Report on the lunatic asylums under the Government of Bombay - 1904-1913
Year: 1904
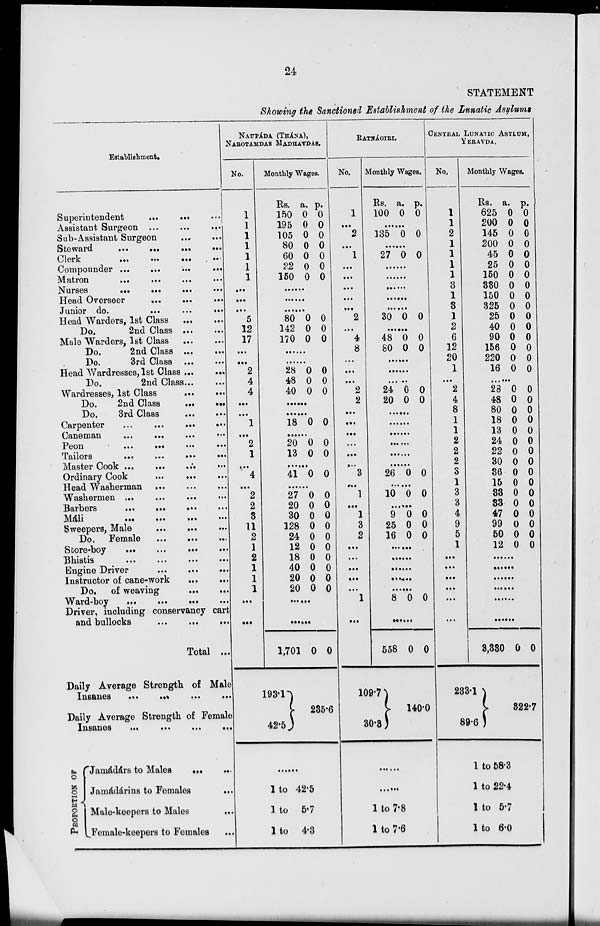
24
STATEMENT
Showing the Sanctioned Establishment of the Lunatic Asylums
Establishment.
Superintendent
... ... ...
Assistant Surgeon ...
...
...
Sub-Assistant Surgeon ... ...
Steward
...
...
...
...
Clerk
...
...
...
...
Compounder . . . . . . . . . ...
Matron ... ... ... ...
Nurses
...
...
...
...
Head Overseer
...
...
...
Junior do.
...
...
...
Head Warders, 1st Class
...
...
Do.
2nd Class ... ...
Male Warders, 1st Class
...
...
Do.
2nd Class
...
...
Do.
3rd Class ... ...
Head Wardresses, 1st Class ... ...
Do.
2nd Class ... ...
Wardresses, 1st Class
...
...
Do.
2nd Class
...
...
Do.
3rd Class ... ...
Carpenter
...
...
...
...
Caneman
...
...
...
...
Peon
...
...
...
...
Tailors
...
...
...
...
Master Cook ... ... ...
...
Ordinary Cook ... ...
...
Head Washerman ... ... ...
Washermen ... ... ... ...
Barbers
... ... ...
...
Máli
...
...
...
...
Sweepers, Male
...
...
...
Do. Female
... ... ...
Store-boy
...
...
...
...
Bhistis
...
...
...
...
Engine Driver
...
...
...
Instructor of cane-work
...
...
Do. of weaving
...
...
Ward-boy
...
...
...
...
Driver, including conservancy cart
and bullocks
...
...
...
Total ...
Daily Average Strength of Male
Insanes
...
...
...
...
Daily Average Strength of Female
Insanes
...
...
...
...
PROPORTION OF
Jamádárs to Males ... ...
Jamádárins to Females ...
Male-keepers to Males
...
Female-keepers to Females ...
NAUPÁDA (THÁNA),
NAROTAMDAS MADHAVDAS.
No.
1
1
1
1
1
1
1
...
...
...
5
12
17
...
...
2
4
4
...
...
1
...
2
1
...
4
...
2
2
3
11
2
1
2
1
1
1
...
...
Monthly Wages.
Rs.
150
195
105
80
60
22
150
a.
0
0
0
0
0
0
0
p.
0
0
0
0
0
0
0
......
......
......
80
142
170
0
0
0
0
0
0
......
......
28
48
40
0
0
0
0
0
0
......
......
18 0 0
......
20
13
0
0
0
0
......
41 0 0
......
27
20
30
128
24
12
18
40
20
20
0
0
0
0
0
0
0
0
0
0
0
0
0
0
0
0
0
0
0
0
......
......
1,701
193.1
42.5
0 0
235.6
......
1 to 42.5
1 to 5.7
1 to 4.3
RATNÁGIRI.
No.
1
...
2
...
1
...
...
...
...
...
2
...
4
8
...
...
...
2
2
...
...
...
...
...
...
3
...
1
...
1
3
2
...
...
...
...
...
1
...
Monthly Wages.
Rs.
100
a.
0
p.
0
......
135 0 0
......
27 0 0
......
......
......
......
......
30 0 0
......
48
80
0
0
0
0
......
......
......
24
20
0
0
0
0
......
......
......
......
......
......
26 0 0
......
10 0 0
......
9
25
16
0
0
0
0
0
0
......
......
......
......
......
8 0 0
......
558
109.7
30.3
0 0
140.0
......
......
1 to 7.8
1 to 7.6
CENTRAL LUNATIC ASYLUM,
YERAVDA.
No.
1
1
2
1
1
1
1
3
1
3
1
2
6
12
20
1
...
2
4
8
1
1
2
2
2
3
1
3
3
4
9
5
1
...
...
...
...
...
...
Monthly Wages.
Rs.
625
200
145
200
45
25
150
330
150
325
25
40
90
156
220
16
a.
0
0
0
0
0
0
0
0
0
0
0
0
0
0
0
0
p.
0
0
0
0
0
0
0
0
0
0
0
0
0
0
0
0
......
28
48
80
18
13
24
22
30
36
15
33
33
47
99
50
12
0
0
0
0
0
0
0
0
0
0
0
0
0
0
0
0
0
0
0
0
0
0
0
0
0
0
0
0
0
0
0
0
......
......
......
......
......
......
3,330
233.1
89.6
0 0
322.7
1 to 58.3
1 to 22.4
1 to 5.7
1 to 6.0